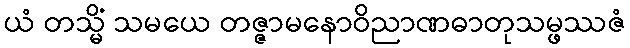
ယံ တသ္မိံ သမယေ တဇ္ဇာမနောဝိညာဏဓာတုသမ္ဖဿဇံ